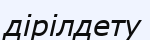
дірілдету